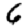
Digit: 6